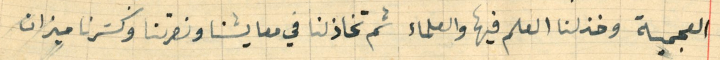
العجمية وخذلنا العلم فيها والعلماء ثم تخاذلنا في معايشنا ونصرتنا وكسَرنا ميزان